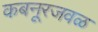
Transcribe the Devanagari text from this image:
कबनूरजवळ